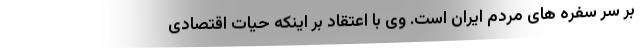
بر سر سفره های مردم ایران است. وی با اعتقاد بر اینکه حیات اقتصادی